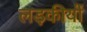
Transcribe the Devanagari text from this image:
लड़कीयों